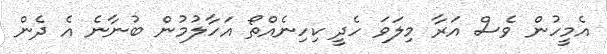
އެމީހުން ވެސް އަރާ މިލަވަ ހެދީ ކިހިނެއްތޯ އަހާލުމުން ބުނާނެ އެ ދެން